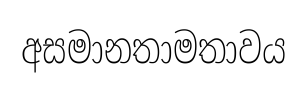
අසමානතාමතාවය